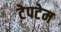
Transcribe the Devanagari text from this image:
टेपटेम